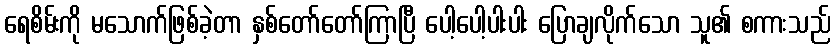
ရေစိမ်းကို မသောက်ဖြစ်ခဲ့တာ နှစ်တော်တော်ကြာပြီ ပေါ့ပေါ့ပါးပါး ပြောချလိုက်သော သူ၏ စကားသည်